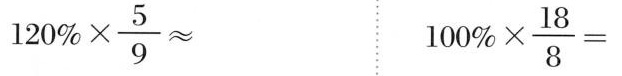
$$1 2 0 % \times \frac { 5 } { 9 } ≈$$ $$1 0 0 % \times \frac { 1 8 } { 8 } =$$